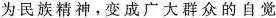
为民族精神。变成广大群众的自觉